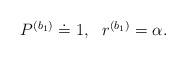
LaTeX: \begin{align*}\begin{array}{cc}P^{(b_1)} \doteq 1, & r^{(b_1)} = \alpha.\end{array}\end{align*}